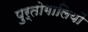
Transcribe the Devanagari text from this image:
पुर्तोगालियों